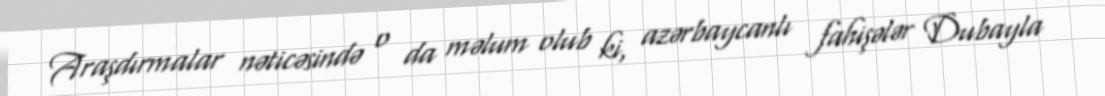
Araşdırmalar nəticəsində o da məlum olub ki, azərbaycanlı fahişələr Dubayla